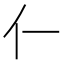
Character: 𫢅